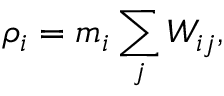
\rho _ { i } = m _ { i } \sum _ { j } W _ { i j } ,